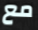
مع